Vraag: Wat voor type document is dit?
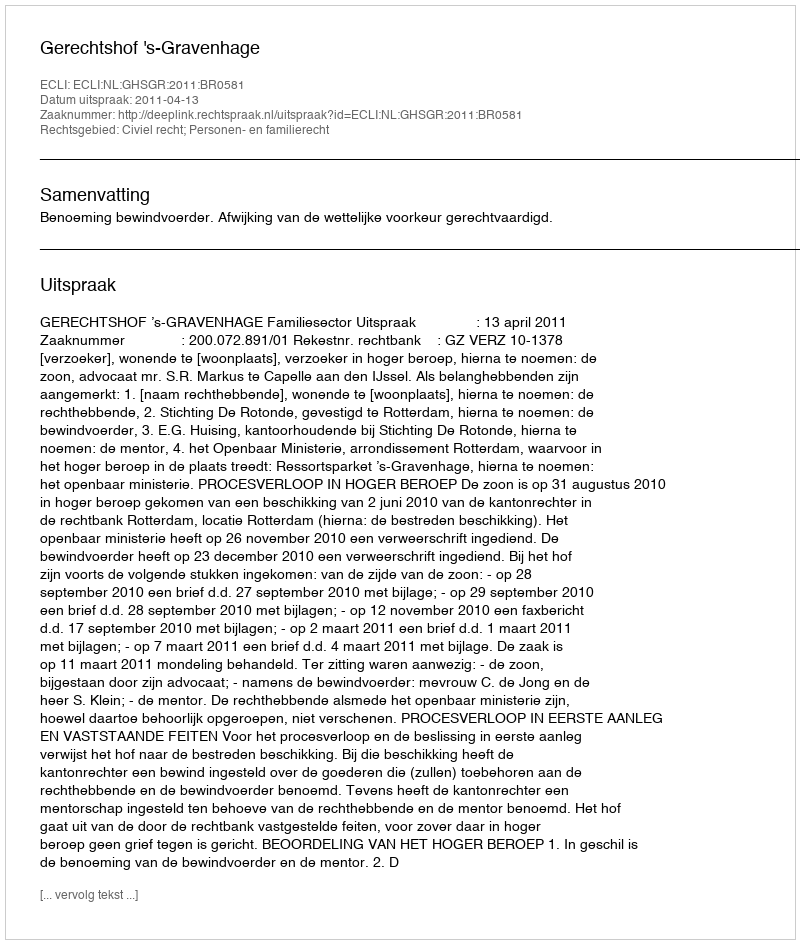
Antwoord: Uitspraak